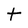
Character: t